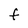
Character: f